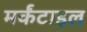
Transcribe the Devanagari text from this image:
मर्कंटाइल